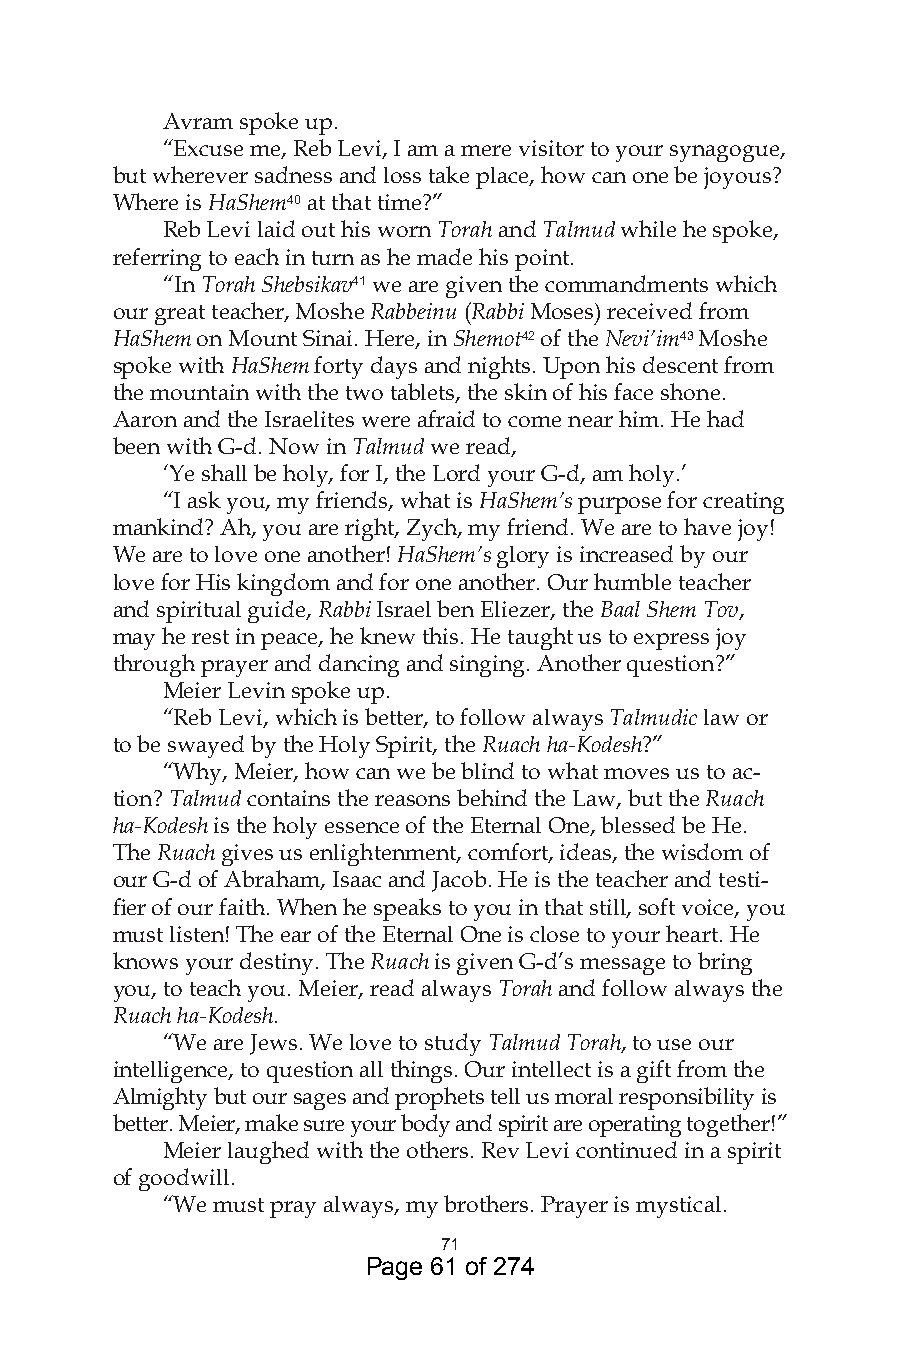
Avram spoke up.
 “Excuse me, Reb Levi, I am a mere visitor to your synagogue,
 but wherever sadness and loss take place, how can one be joyous?
 Where is HaShem40 at that time?”
 Reb Levi laid out his worn Torah and Talmud while he spoke,
 referring to each in turn as he made his point.
 “In Torah Shebsikav4 we are given the commandments which
 our great teacher, Moshe Rabbeinu (Rabbi Moses) received from
 HaShem on Mount Sinai. Here, in Shemot4 of the Nevi’im4 Moshe
 spoke with HaShem forty days and nights. Upon his descent from
 the mountain with the two tablets, the skin of his face shone.
 Aaron and the Israelites were afraid to come near him. He had
 been with G-d. Now in Talmud we read,
 ‘Ye shall be holy, for I, the Lord your G-d, am holy.’
 “I ask you, my friends, what is HaShem’s purpose for creating
 mankind? Ah, you are right, Zych, my friend. We are to have joy!
 We are to love one another! HaShem’s glory is increased by our
 love for His kingdom and for one another. Our humble teacher
 and spiritual guide, Rabbi Israel ben Eliezer, the Baal Shem Tov,
 may he rest in peace, he knew this. He taught us to express joy
 through prayer and dancing and singing. Another question?”
 Meier Levin spoke up.
 “Reb Levi, which is better, to follow always Talmudic law or
 to be swayed by the Holy Spirit, the Ruach ha-Kodesh?”
 “Why, Meier, how can we be blind to what moves us to ac-
 tion? Talmud contains the reasons behind the Law, but the Ruach
 ha-Kodesh is the holy essence of the Eternal One, blessed be He.
 The Ruach gives us enlightenment, comfort, ideas, the wisdom of
 our G-d of Abraham, Isaac and Jacob. He is the teacher and testi-
 fier of our faith. When he speaks to you in that still, soft voice, you
 must listen! The ear of the Eternal One is close to your heart. He
 knows your destiny. The Ruach is given G-d’s message to bring
 you, to teach you. Meier, read always Torah and follow always the
 Ruach ha-Kodesh.
 “We are Jews. We love to study Talmud Torah, to use our
 intelligence, to question all things. Our intellect is a gift from the
 Almighty but our sages and prophets tell us moral responsibility is
 better. Meier, make sure your body and spirit are operating together!”
 Meier laughed with the others. Rev Levi continued in a spirit
 of goodwill.
 “We must pray always, my brothers. Prayer is mystical.
 7
 Page 61 of 274